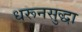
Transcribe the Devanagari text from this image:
धरूनसुद्धा